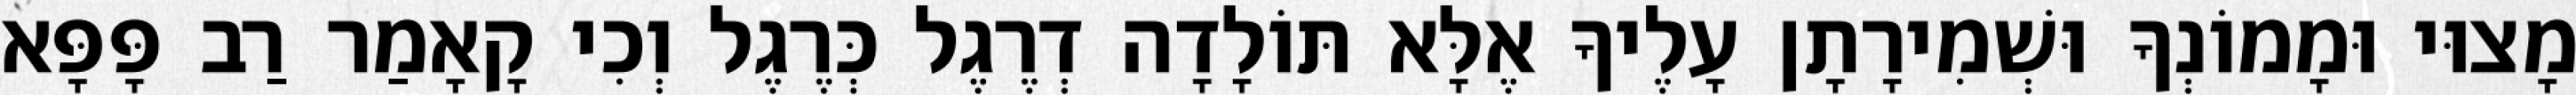
מָצוּי וּמָמוֹנְךָ וּשְׁמִירָתָן עָלֶיךָ אֶלָּא תּוֹלָדָה דְרֶגֶל כְּרֶגֶל וְכִי קָאָמַר רַב פָּפָּא